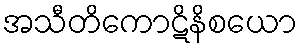
အသီတိကောဋိနိစယော